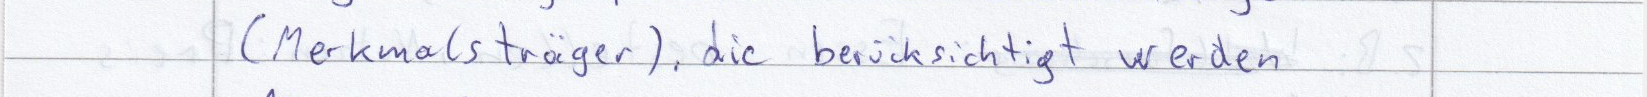
(Merkmalsträger), die berücksichtigt werden